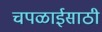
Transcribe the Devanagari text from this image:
चपळाईसाठी